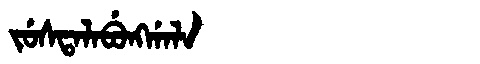
Manchu: ᠵᡠᠰᡨᠠᠯᠠᠪᡠᠩᡤᠠᠯᠠ
Romanization: JUSTALABUNGGALA